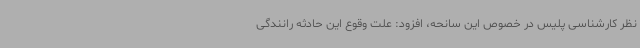
نظر کارشناسی پلیس در خصوص این سانحه، افزود: علت وقوع این حادثه رانندگی